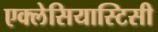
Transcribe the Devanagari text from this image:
एक्लेसियास्टिसी